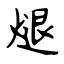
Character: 煺